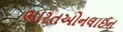
ભારતઓનલાઈન